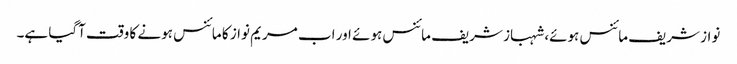
نواز شریف مائنس ہوئے، شہباز شریف مائنس ہوئے اور اب مریم نواز کا مائنس ہونے کا وقت آگیا ہے۔